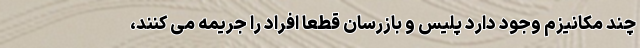
چند مکانیزم وجود دارد پلیس و بازرسان قطعا افراد را جریمه می کنند،